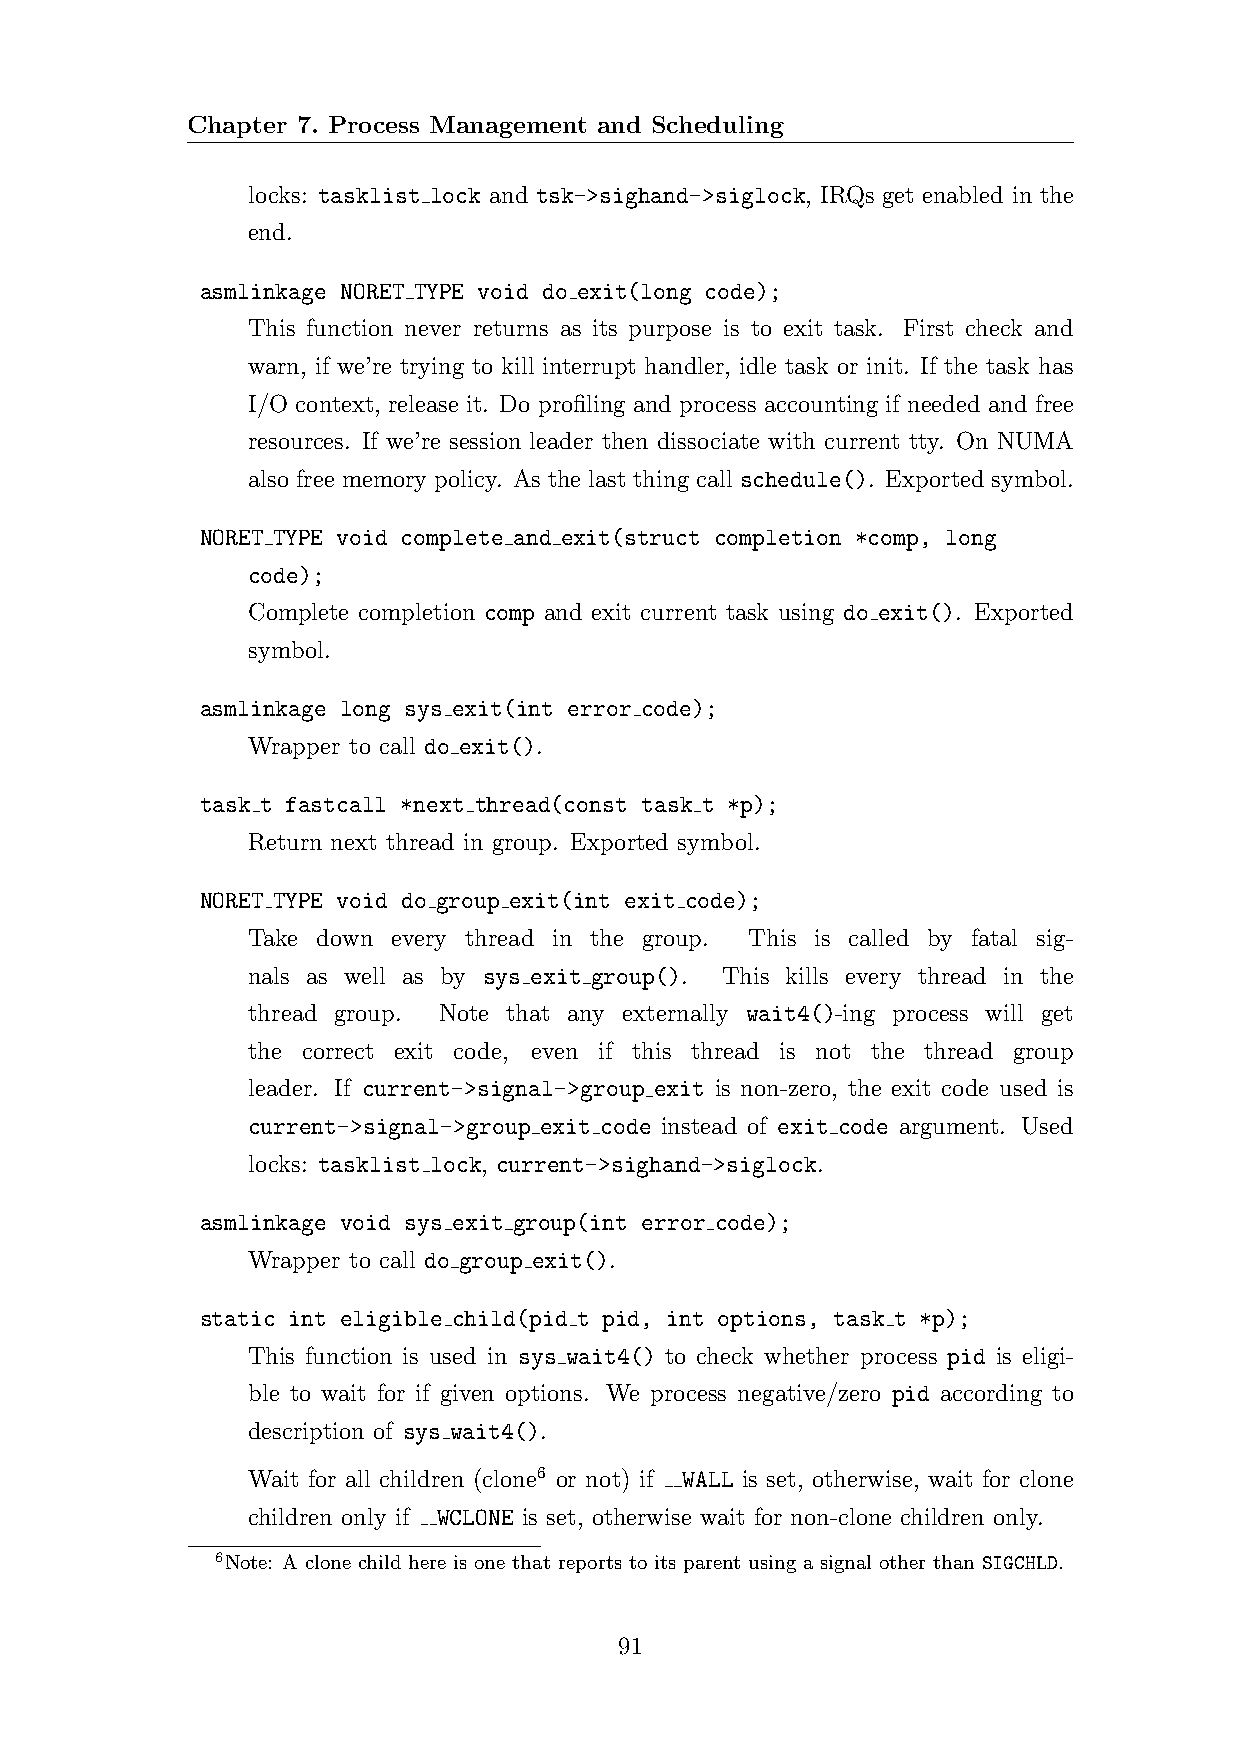
Chapter 7. Process Management and Scheduling
 locks: tasklist lock and tsk->sighand->siglock, IRQs get enabled in the
 end.
 asmlinkage NORET TYPE void do exit(long code);
 This function never returns as its purpose is to exit task. First check and
 warn, if we’re trying to kill interrupt handler, idle task or init. If the task has
 I/O context, release it. Do profiling and process accounting if needed and free
 resources. If we’re session leader then dissociate with current tty. On NUMA
 also free memory policy. As the last thing call schedule(). Exported symbol.
 NORET TYPE void complete and exit(struct completion *comp, long
 code);
 Complete completion comp and exit current task using do exit(). Exported
 symbol.
 asmlinkage long sys exit(int error code);
 Wrapper to call do exit().
 task t fastcall *next thread(const task t *p);
 Return next thread in group. Exported symbol.
 NORET TYPE void do group exit(int exit code);
 Take down every thread in the group. This is called by fatal sig-
 nals as well as by sys exit group(). This kills every thread in the
 thread group. Note that any externally wait4()-ing process will get
 the correct exit code, even if this thread is not the thread group
 leader. If current->signal->group exit is non-zero, the exit code used is
 current->signal->group exit code instead of exit code argument. Used
 locks: tasklist lock, current->sighand->siglock.
 asmlinkage void sys exit group(int error code);
 Wrapper to call do group exit().
 static int eligible child(pid t pid, int options, task t *p);
 This function is used in sys wait4() to check whether process pid is eligi-
 ble to wait for if given options. We process negative/zero pid according to
 description of sys wait4().
 Wait for all children (clone6 or not) if WALL is set, otherwise, wait for clone
 children only if WCLONE is set, otherwise wait for non-clone children only.
 6Note: A clone child here is one that reports to its parent using a signal other than SIGCHLD.
 91